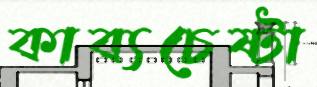
কাব্যচেষ্টা